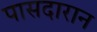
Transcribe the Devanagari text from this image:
पासदारान